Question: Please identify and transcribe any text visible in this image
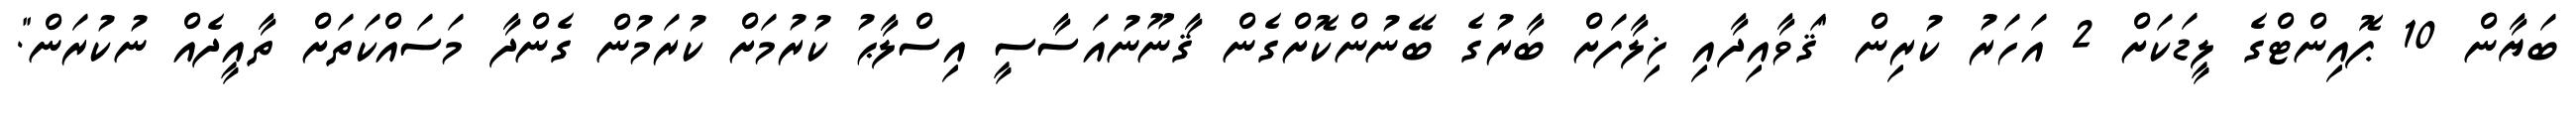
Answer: ބަޔާން 10 ޕޮއިންޓްގެ ލީޑަކަށް 2 އަހަރު ކުރިން "ޤަވާއިދާއި ޚިލާފަށް ބާރުގެ ބޭނުންކޮށްގެން ޤާނޫނުއަސާސީ އިސްލާޙު ކުރުމަށް ކުރަމުން ގެންދާ މަސައްކަތަށް ތާއީދެއް ނުކުރަން".